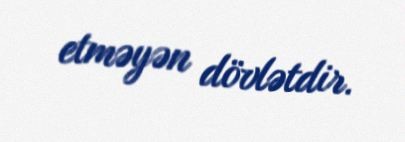
etməyən dövlətdir.